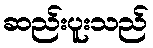
ဆည်းပူးသည်